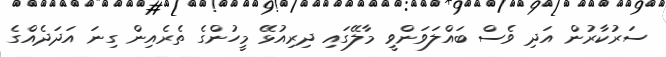
ސަރުކާރުން އަދި ވެސް ބައްލަވަންވީ މާލޭގައި ދިރިއުޅޭ މީހުންގެ ތެރެއިން ގިނަ އަދަދެއްގެ